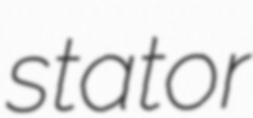
stator